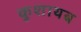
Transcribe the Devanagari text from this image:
कुशायब